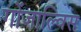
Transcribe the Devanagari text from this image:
गोंजाल्विस